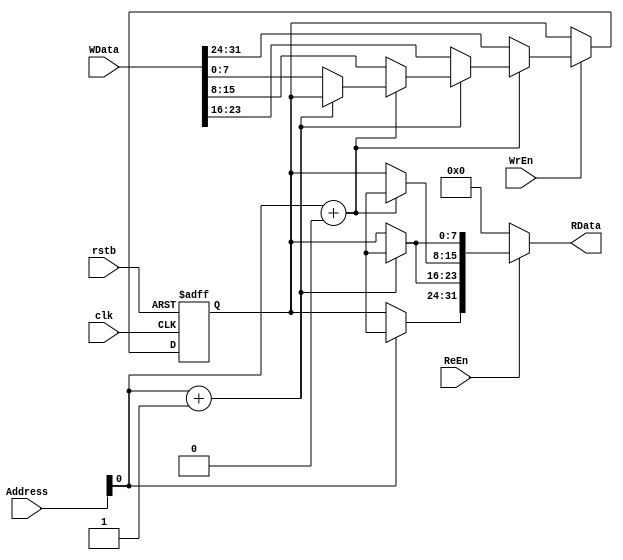
/////////////////////////////////////////////////////////////////////////////////////////////////////////////
//  Data memory (RAM) for my MIPS32 implementation
//  Parametrized word width 
//
//  Written    : 28 Feb 2019
//
/////////////////////////////////////////////////////////////////////////////////////////////////////////////

module DataMemory(
    Address,
    WData,
    WrEn,
    ReEn,
    clk,
    rstb,
    RData
);

parameter DataWidth     = 32;
parameter AmountOfWords = 1;
parameter AddrBusWidth  = $clog2(AmountOfWords);

    input           [AddrBusWidth-1:0]  Address;
    input           [DataWidth-1:0]     WData;
    input                               WrEn;
    input                               rstb;
    input                               clk;
    input                               ReEn;

    output wire     [DataWidth-1:0]     RData;

    reg             [7:0]               RAM [AmountOfWords-1:0];

    integer i = 0;

    assign RData = ReEn ? {RAM[Address],RAM[Address+1],RAM[Address+2],RAM[Address+3]} : 0;

    always @ (posedge clk or negedge rstb)
    begin
        if(!rstb)
        begin
            for(i = AmountOfWords; i > 0; i = i - 1)
                RAM[i] <= 0;
                RAM[0] <= 0;
        end
        else
        begin
            if(WrEn)
            begin
              RAM[Address+3] <= WData[7:0];
              RAM[Address+2] <= WData[15:8];
              RAM[Address+1] <= WData[23:16];
              RAM[Address+0] <= WData[31:24];
            end
        end
    end

endmodule